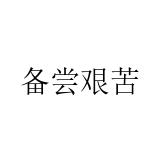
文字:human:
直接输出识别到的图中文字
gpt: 备尝艰苦